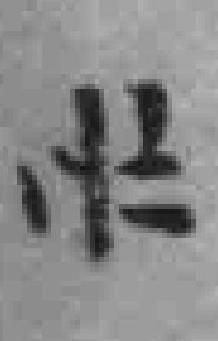
*